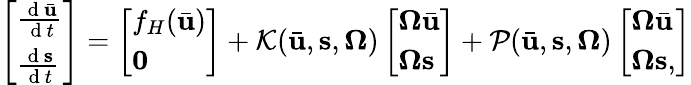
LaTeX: \left[\begin{array}{l}{\frac{\mathrm{~d~}\bar{\mathbf{u}}}{\mathrm{~d~}t}}\\ {\frac{\mathrm{~d~}\mathbf{s}}{\mathrm{~d~}t}}\end{array}\right]=\left[\begin{array}{l}{f_{H}(\bar{\mathbf{u}})}\\ {\mathbf{0}}\end{array}\right]+\mathcal{K}(\bar{\mathbf{u}},\mathbf{s},\mathbf{\Omega})\left[\begin{array}{l}{\boldsymbol{\Omega}\bar{\mathbf{u}}}\\ {\boldsymbol{\Omega}\mathbf{s}}\end{array}\right]+\mathcal{P}(\bar{\mathbf{u}},\mathbf{s},\mathbf{\Omega})\left[\begin{array}{l}{\boldsymbol{\Omega}\bar{\mathbf{u}}}\\ {\boldsymbol{\Omega}\mathbf{s},}\end{array}\right]